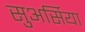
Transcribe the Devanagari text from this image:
सुअर्सिया